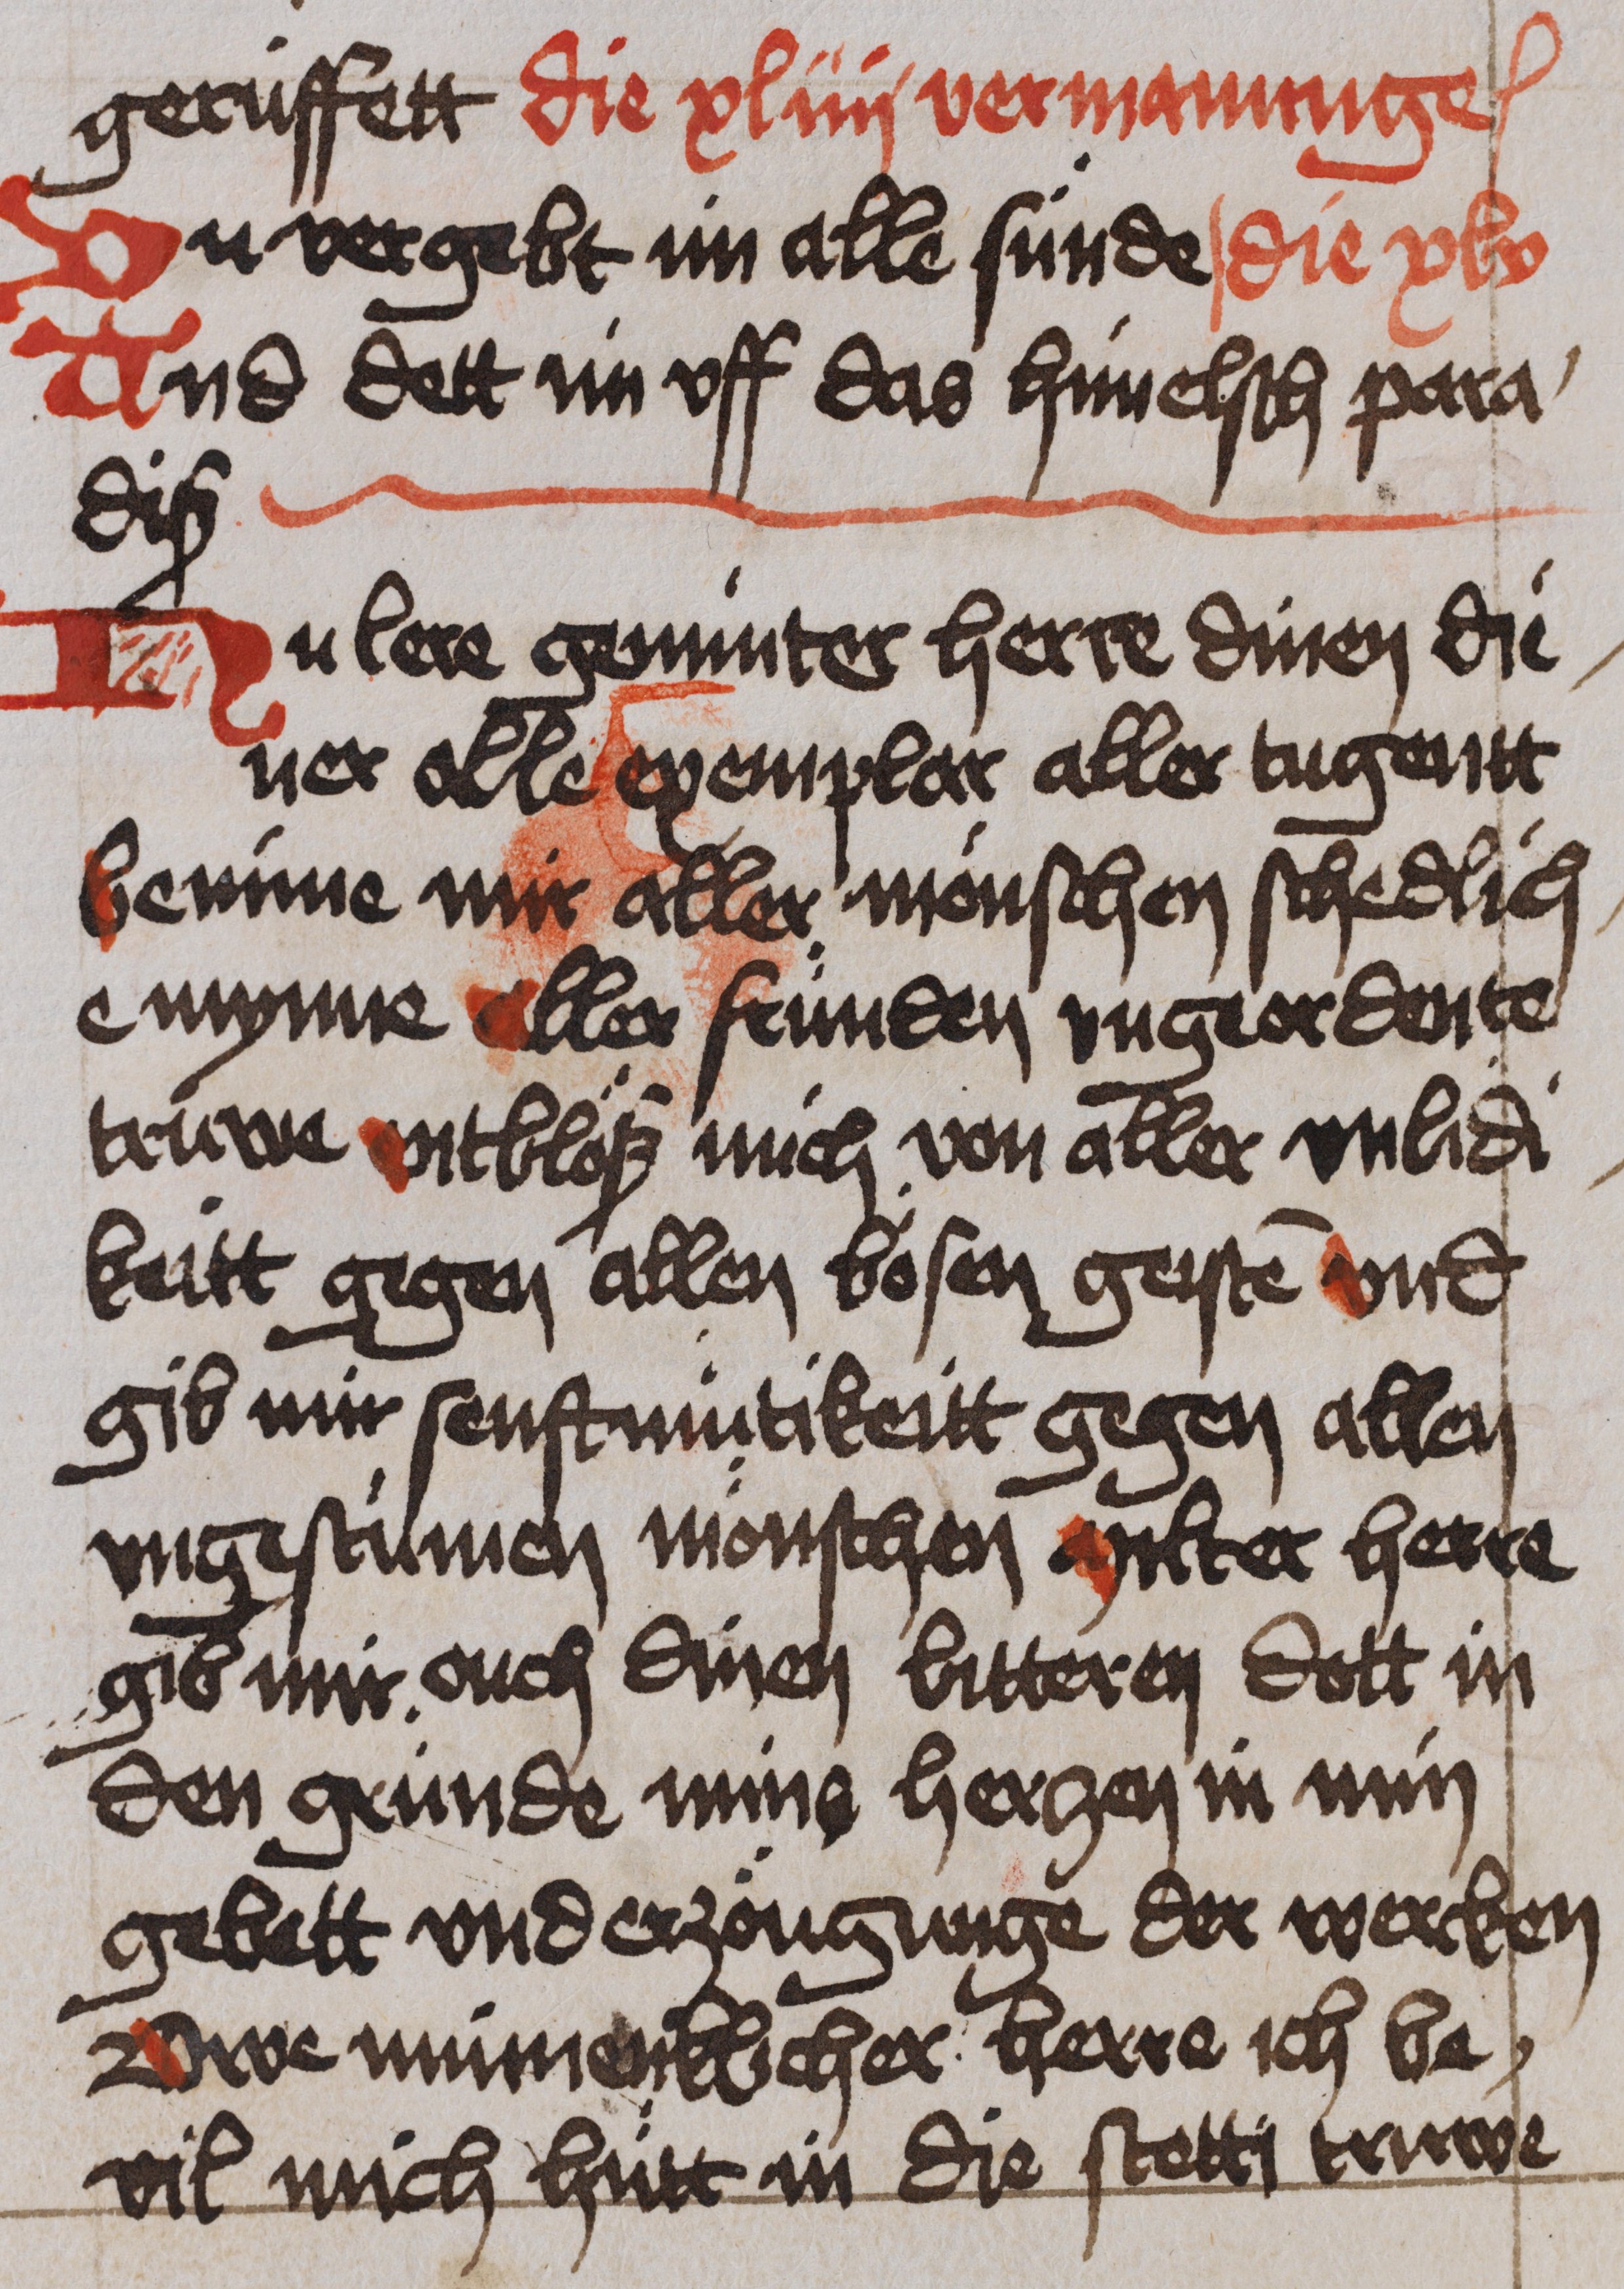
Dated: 1450–1499